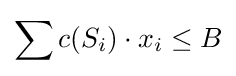
\sum {c(S_{i})\cdot x_{i}}\leq B